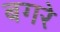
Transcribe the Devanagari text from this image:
बगरे